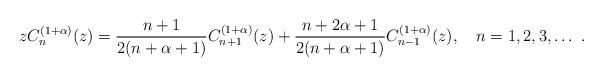
LaTeX: \begin{align*}z C^{(1+\alpha)}_n(z) = \frac{n + 1}{2( n + \alpha + 1)} C^{(1+\alpha)}_{n+1}(z) + \frac{n + 2 \alpha + 1}{2( n + \alpha + 1)} C^{(1+\alpha)}_{n-1}(z), \ \ \ n = 1,2,3,\ldots\ .\end{align*}